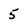
Character: 5